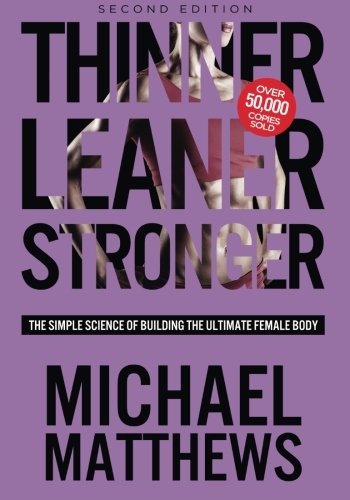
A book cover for Thinner Leaner Stronger: The Simple Science of Building the Ultimate Female Body; Michael Matthews; Health, Fitness & Dieting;